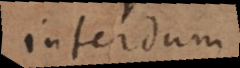
interdum